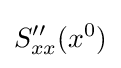
S''_{xx}(x^{0})